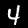
Digit: 4